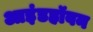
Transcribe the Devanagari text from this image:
आइंडहॉवन